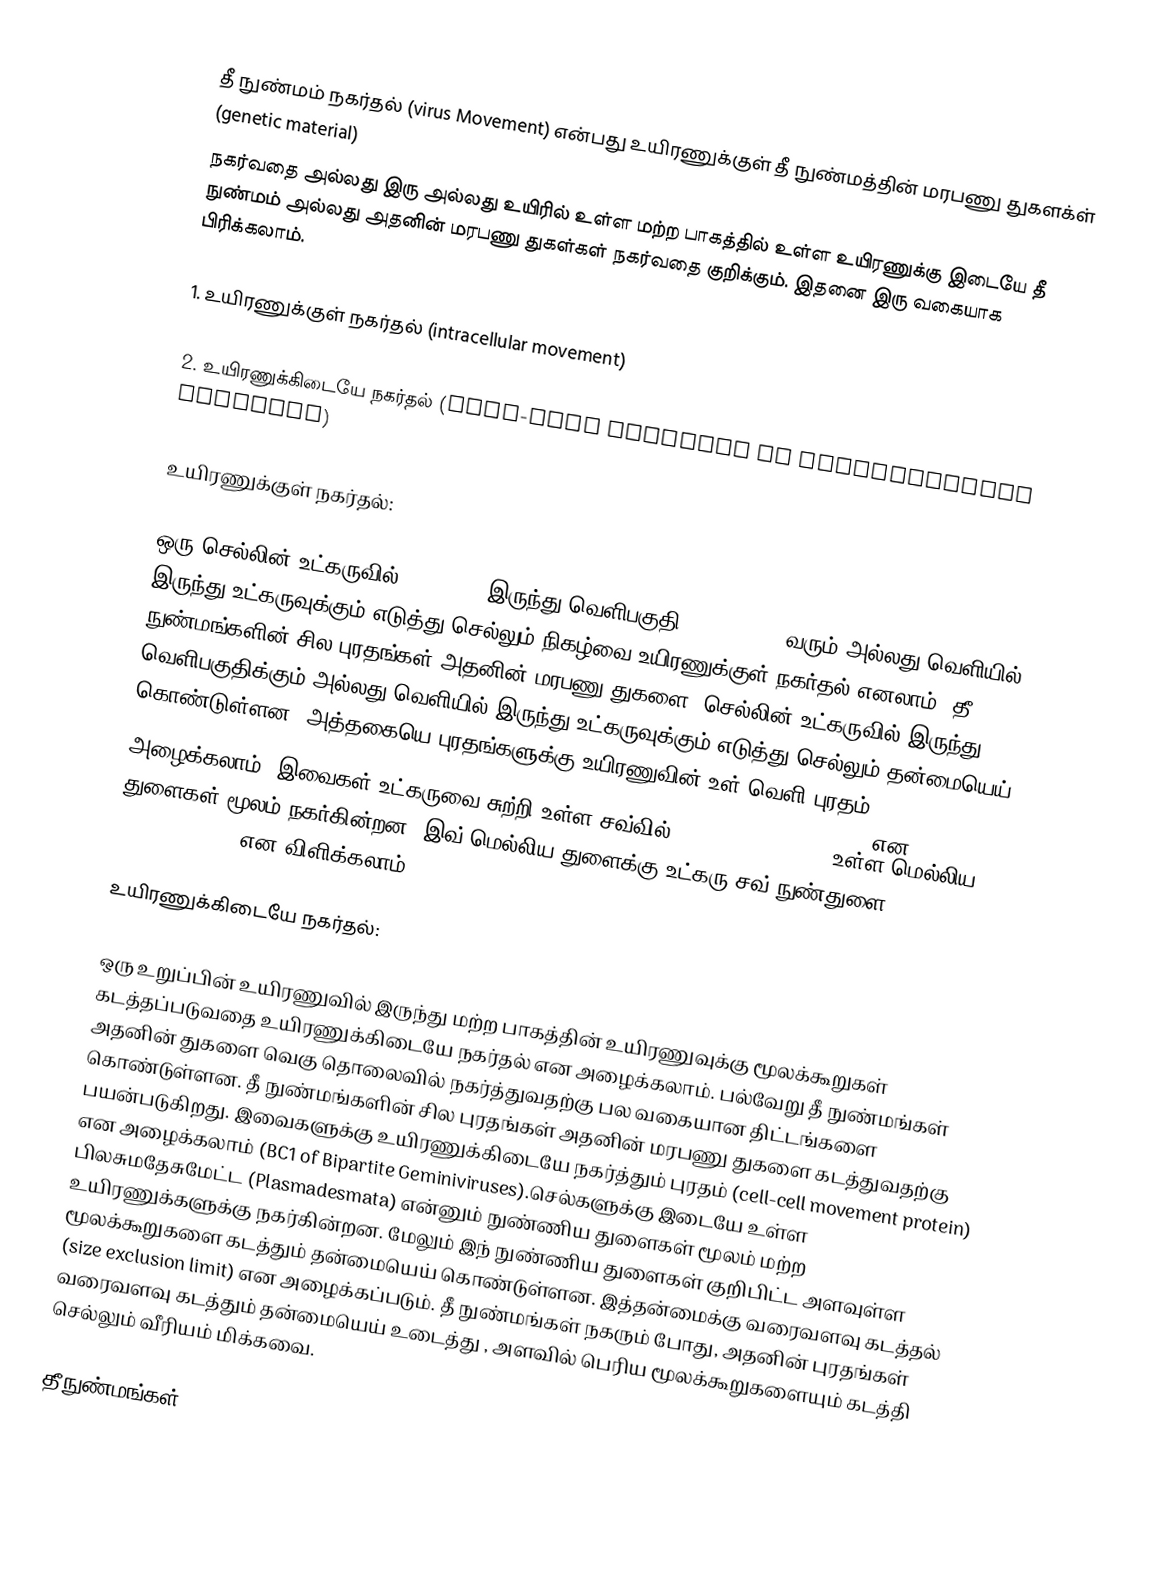
தீ நுண்மம்  நகர்தல் (virus Movement) என்பது உயிரணுக்குள் தீ நுண்மத்தின் மரபணு துகளக்ள் (genetic material)
நகர்வதை அல்லது   இரு அல்லது உயிரில் உள்ள மற்ற பாகத்தில் உள்ள உயிரணுக்கு இடையே தீ நுண்மம் அல்லது அதனின் மரபணு  துகள்கள்  நகர்வதை குறிக்கும். இதனை இரு வகையாக பிரிக்கலாம்.

1. உயிரணுக்குள் நகர்தல் (intracellular movement)

2. உயிரணுக்கிடையே நகர்தல் (cell-cell movement or intercellular movement)

உயிரணுக்குள் நகர்தல்:

ஒரு செல்லின் உட்கருவில் (nucleus) இருந்து வெளிபகுதி (cytoplasm) வரும் அல்லது வெளியில் இருந்து உட்கருவுக்கும் எடுத்து செல்லும் நிகழ்வை உயிரணுக்குள் நகர்தல் எனலாம். தீ நுண்மங்களின் சில புரதங்கள் அதனின் மரபணு துகளை, செல்லின் உட்கருவில்  இருந்து வெளிபகுதிக்கும் அல்லது வெளியில் இருந்து உட்கருவுக்கும் எடுத்து செல்லும் தன்மையெய் கொண்டுள்ளன. அத்தகையெ புரதங்களுக்கு உயிரணுவின் உள்-வெளி புரதம் (nuclear shuttle protein) (Ex. Coat protein of monopartite geminiviruses or BV1 of Bipartite geminiviruses) என அழைக்கலாம். இவைகள் உட்கருவை சுற்றி உள்ள சவ்வில் (nuclear membrane)  உள்ள மெல்லிய துளைகள் மூலம் நகர்கின்றன. இவ் மெல்லிய துளைக்கு உட்கரு சவ் நுண்துளை (nuclear membrane pore) என விளிக்கலாம்.

உயிரணுக்கிடையே நகர்தல்:

ஒரு உறுப்பின் உயிரணுவில் இருந்து மற்ற பாகத்தின் உயிரணுவுக்கு மூலக்கூறுகள் கடத்தப்படுவதை உயிரணுக்கிடையே நகர்தல் என அழைக்கலாம். பல்வேறு தீ நுண்மங்கள் அதனின் துகளை வெகு தொலைவில் நகர்த்துவதற்கு பல வகையான திட்டங்களை  கொண்டுள்ளன. தீ நுண்மங்களின் சில புரதங்கள் அதனின் மரபணு துகளை கடத்துவதற்கு பயன்படுகிறது. இவைகளுக்கு உயிரணுக்கிடையே நகர்த்தும் புரதம் (cell-cell movement protein) என அழைக்கலாம் (BC1 of Bipartite Geminiviruses).செல்களுக்கு இடையே உள்ள பிலசுமதேசுமேட்ட (Plasmadesmata) என்னும் நுண்ணிய துளைகள் மூலம் மற்ற உயிரணுக்களுக்கு நகர்கின்றன. மேலும் இந் நுண்ணிய துளைகள் குறிபிட்ட அளவுள்ள மூலக்கூறுகளை கடத்தும் தன்மையெய் கொண்டுள்ளன. இத்தன்மைக்கு வரைவளவு கடத்தல் (size exclusion limit) என அழைக்கப்படும். தீ நுண்மங்கள் நகரும் போது, அதனின் புரதங்கள் வரைவளவு கடத்தும் தன்மையெய் உடைத்து , அளவில் பெரிய மூலக்கூறுகளையும் கடத்தி செல்லும் வீரியம் மிக்கவை.

தீநுண்மங்கள்